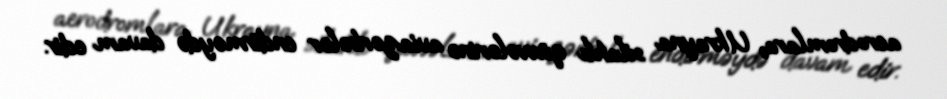
aerodromlara, Ukrayna silahlı qüvvələrinə aviazərbələr endirməydə davam edir.